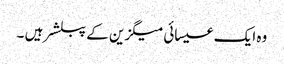
وہ ایک عیسائی میگزین کے پبلشر ہیں ۔